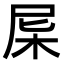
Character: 𣐉